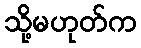
သို့မဟုတ်က